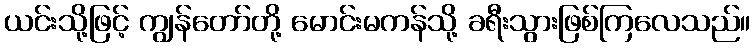
ယင်းသို့ဖြင့် ကျွန်တော်တို့ မောင်းမကန်သို့ ခရီးသွားဖြစ်ကြလေသည်။